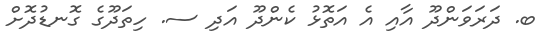
ބ. ދަރަވަންދޫ އާއި އެ އަތޮޅު ކެންދޫ އަދި ސ. ހިތަދޫގެ ގޮނޑުދޮށް